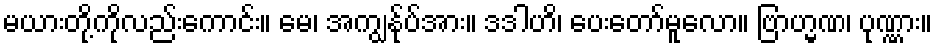
မယားတို့ကိုလည်းကောင်း။ မေ၊ အကျွန်ုပ်အား။ ဒဒါဟိ၊ ပေးတော်မူလော။ ဗြာဟ္မဏ၊ ပုဏ္ဏား။